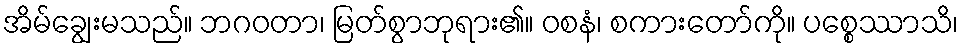
အိမ်ချွေးမသည်။ ဘဂဝတာ၊ မြတ်စွာဘုရား၏။ ဝစနံ၊ စကားတော်ကို။ ပစ္စေဿာသိ၊